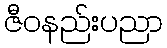
ဇီဝနည်းပညာ